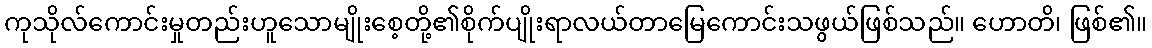
ကုသိုလ်ကောင်းမှုတည်းဟူသောမျိုးစေ့တို့၏စိုက်ပျိုးရာလယ်တာမြေကောင်းသဖွယ်ဖြစ်သည်။ ဟောတိ၊ ဖြစ်၏။